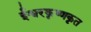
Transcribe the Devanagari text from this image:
ईश्वरकृष्णकृत